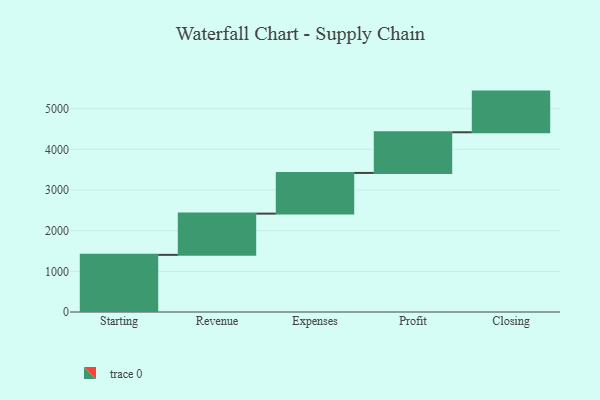
{"axis": {"x": "Step", "y": "Value"}, "legend": [""], "data": [{"x": "Starting", "y": 1405.0, "type": ""}, {"x": "Revenue", "y": 1014.0, "type": ""}, {"x": "Expenses", "y": 1000, "type": ""}, {"x": "Profit", "y": 1000, "type": ""}, {"x": "Closing", "y": 1000, "type": ""}]}